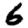
Digit: 6